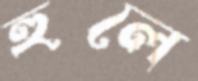
হুলে